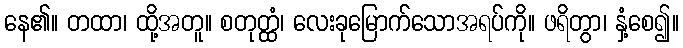
နေ၏။ တထာ၊ ထို့အတူ။ စတုတ္ထံ၊ လေးခုမြောက်သောအရပ်ကို။ ဖရိတွာ၊ နှံ့စေ၍။